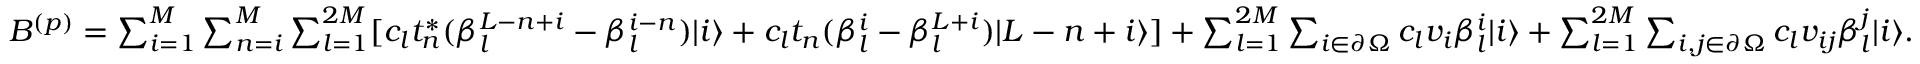
\begin{array} { r } { B ^ { ( p ) } = \sum _ { i = 1 } ^ { M } \sum _ { n = i } ^ { M } \sum _ { l = 1 } ^ { 2 M } [ c _ { l } t _ { n } ^ { \ast } ( \beta _ { l } ^ { L - n + i } - \beta _ { l } ^ { i - n } ) | i \rangle + c _ { l } t _ { n } ( \beta _ { l } ^ { i } - \beta _ { l } ^ { L + i } ) | L - n + i \rangle ] + \sum _ { l = 1 } ^ { 2 M } \sum _ { i \in \partial \Omega } c _ { l } v _ { i } \beta _ { l } ^ { i } | i \rangle + \sum _ { l = 1 } ^ { 2 M } \sum _ { i , j \in \partial \Omega } c _ { l } v _ { i j } \beta _ { l } ^ { j } | i \rangle . } \end{array}